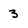
Character: 3